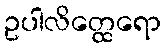
ဥပါလိတ္ထေရော